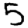
Digit: 5